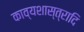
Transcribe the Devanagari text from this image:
काव्यशास्त्रादि